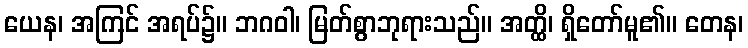
ယေန၊ အကြင် အရပ်၌။ ဘဂဝါ၊ မြတ်စွာဘုရားသည်။ အတ္ထိ၊ ရှိတော်မူ၏။ တေန၊